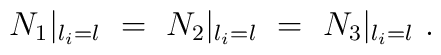
N_1|_{l_i=l}~=~N_2|_{l_i=l}{}~=~N_3|_{l_i=l}~.